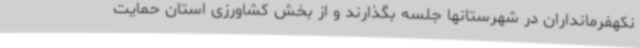
نکهفرمانداران در شهرستانها جلسه بگذارند و از بخش کشاورزی استان حمایت